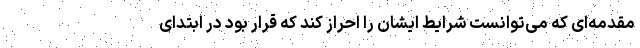
مقدمه‌ای که می‌توانست شرایط ایشان را احراز کند که قرار بود در ابتدای